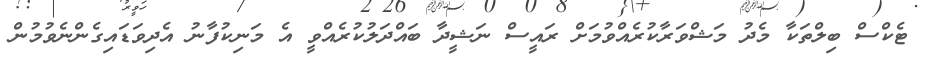
ޓެކްސް ބިލްތަކާ މެދު މަޝްވަރާކުރެއްވުމަށް ރައީސް ނަޝީދާ ބައްދަލުކުރެއްވީ އެ މަނިކުފާނު އެދިވަޑައިގެންނެވުމުން